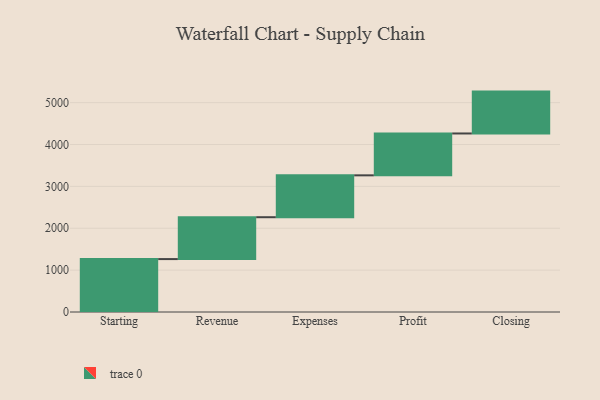
{"axis": {"x": "Step", "y": "Value"}, "legend": [""], "data": [{"x": "Starting", "y": 1264.0, "type": ""}, {"x": "Revenue", "y": 1000, "type": ""}, {"x": "Expenses", "y": 1000, "type": ""}, {"x": "Profit", "y": 1000, "type": ""}, {"x": "Closing", "y": 1000, "type": ""}]}